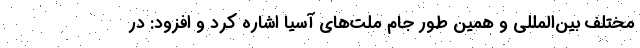
مختلف بین‌المللی و همین طور جام ملت‌های آسیا اشاره کرد و افزود: در